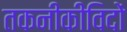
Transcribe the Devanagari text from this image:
तकनीकीविदों